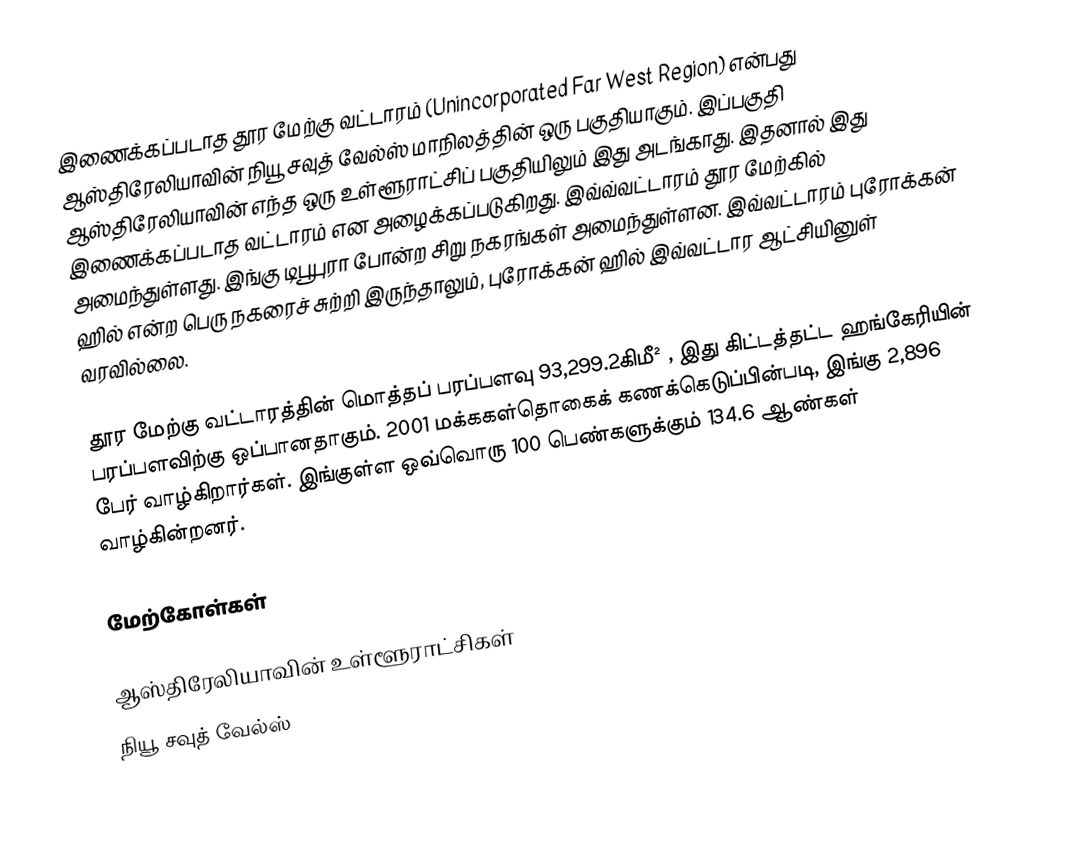
இணைக்கப்படாத தூர மேற்கு வட்டாரம் (Unincorporated Far West Region) என்பது ஆஸ்திரேலியாவின் நியூ சவுத் வேல்ஸ் மாநிலத்தின் ஒரு பகுதியாகும். இப்பகுதி ஆஸ்திரேலியாவின் எந்த ஒரு உள்ளூராட்சிப் பகுதியிலும் இது அடங்காது. இதனால் இது இணைக்கப்படாத வட்டாரம் என அழைக்கப்படுகிறது. இவ்வ்வட்டாரம் தூர மேற்கில் அமைந்துள்ளது. இங்கு டிபூபுரா போன்ற சிறு நகரங்கள் அமைந்துள்ளன. இவ்வட்டாரம் புரோக்கன் ஹில் என்ற பெரு நகரைச் சுற்றி இருந்தாலும், புரோக்கன் ஹில் இவ்வட்டார ஆட்சியினுள் வரவில்லை.

தூர மேற்கு வட்டாரத்தின் மொத்தப் பரப்பளவு 93,299.2கிமீ² , இது கிட்டத்தட்ட ஹங்கேரியின் பரப்பளவிற்கு ஒப்பானதாகும். 2001 மக்ககள்தொகைக் கணக்கெடுப்பின்படி, இங்கு 2,896 பேர் வாழ்கிறார்கள். இங்குள்ள ஒவ்வொரு 100 பெண்களுக்கும் 134.6 ஆண்கள் வாழ்கின்றனர்.

மேற்கோள்கள்

ஆஸ்திரேலியாவின் உள்ளூராட்சிகள்
நியூ சவுத் வேல்ஸ்